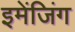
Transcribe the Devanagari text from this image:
इमेंजिंग